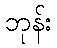
ဘုန်း